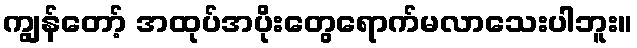
ကျွန်တော့် အထုပ်အပိုးတွေရောက်မလာသေးပါဘူး။